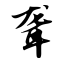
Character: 聋